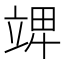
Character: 𥪎